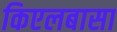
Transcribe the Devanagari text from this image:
किएलबासा